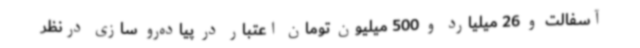
آسفالت و 26 میلیارد و 500 میلیون تومان اعتبار در پیاده‌رو سازی درنظر